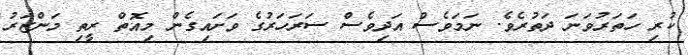
ކުރި ހަތަރުވަނަ ދަތުރެވެ. ނަމަވެސް އަދިވެސް ސަރަހަރުގެ ވަށައިގެން މިއޮތް ރީތި މަންޒަރު